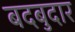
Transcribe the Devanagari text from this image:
बदबुदार